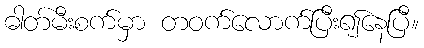
ဓါတ်မီးစက်မှာ တဝက်လောက်ပြီး၍နေပြီ။